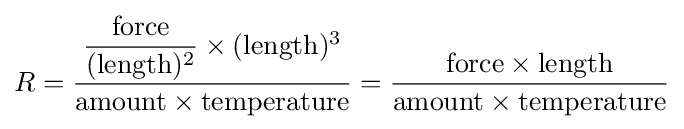
R={\frac {{\dfrac {\text{force}}{({\text{length}})^{2}}}\times ({\text{length}})^{3}}{{\text{amount}}\times {\text{temperature}}}}={\frac {{\text{force}}\times {\text{length}}}{{\text{amount}}\times {\text{temperature}}}}